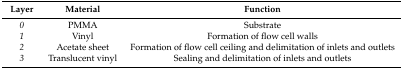
| Layer | Material | Function |
 | --- | --- | --- |
 | 0 | PMMA | Substrate |
 | 1 | Vinyl | Formation of flow cell walls |
 | 2 | Acetate sheet | Formation of flow cell ceiling and delimitation of inlets and outlets |
 | 3 | Translucent vinyl | Sealing and delimitation of inlets and outlets |